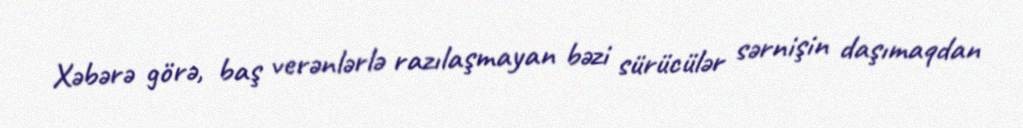
Xəbərə görə, baş verənlərlə razılaşmayan bəzi sürücülər sərnişin daşımaqdan